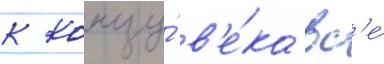
к концу́ в'е́ка вс'е́